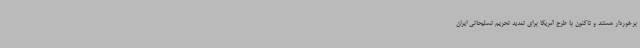
برخوردار هستند و تاکنون با طرح آمریکا برای تمدید تحریم تسلیحاتی ایران